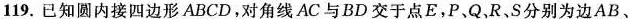
119. 已知圆内接四边形ABCD，对角线 AC 与 BD 交于点E，P，Q，R，S分别为边AB、